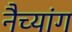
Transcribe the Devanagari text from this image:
नैच्यांग